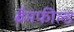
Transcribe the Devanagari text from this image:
बैमफील्ड